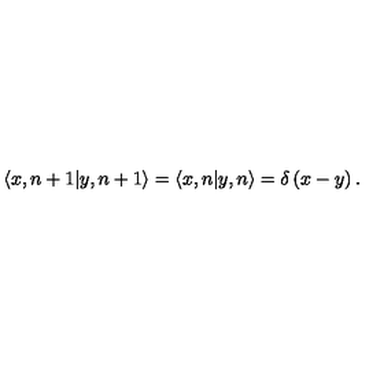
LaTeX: \langle x , n + 1 | y , n + 1 \rangle = \langle x , n | y , n \rangle = \delta \left( x - y \right) .